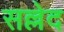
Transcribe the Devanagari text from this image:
सल्लेद